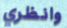
وانظري